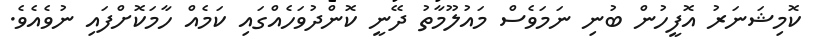
ކޮމިޝަނަރު އޮފީހުން ބުނި ނަމަވެސް މައުލޫމާތު ދޭނީ ކޮންދުވަހެއްގައި ކަމެއް ހާމަކޮށްފައި ނުވެއެވެ.